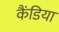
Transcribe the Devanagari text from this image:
कैंडिया